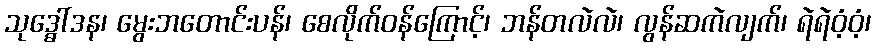
သုဒ္ဓေါ်ဒန၊ မွေးဘတောင်းပန်၊ စေလိုက်ဝန်ကြောင့်၊ ဘန်တလဲလဲ၊ လွန်ဆကဲလျက်၊ ရဲရဲဝံ့ဝံ့၊